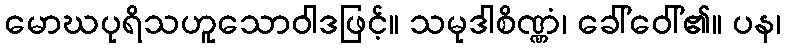
မောဃပုရိသဟူသောဝါဒဖြင့်။ သမုဒါစိဏ္ဏံ၊ ခေါ်ဝေါ်၏။ ပန၊